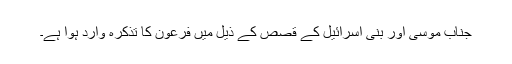
جناب موسیؑ اور بنی اسرائیل کے قصص کے ذیل میں فرعون کا تذکرہ وارد ہوا ہے۔